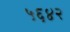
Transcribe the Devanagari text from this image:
५६४२